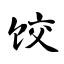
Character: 饺